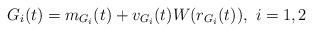
LaTeX: \begin{align*}G_i(t)=m_{G_i}(t)+v_{G_i}(t)W(r_{G_i}(t)), \ i=1,2\end{align*}